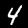
Digit: 4